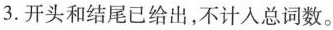
3.开头和结尾已给出，不计入总词数。